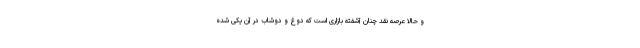
و حالا عرصه نقد چنان آشفته بازاری است که دوغ و دوشاب در آن یکی شده